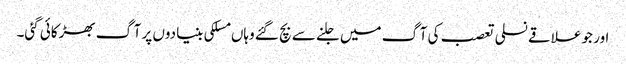
اور جو علاقے نسلی تعصب کی آگ میں جلنے سے بچ گئے وہاں مسلکی بنیادوں پر آگ بھڑکائی گئی۔